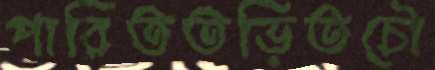
পারিততড়িতচৌ